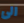
الى